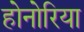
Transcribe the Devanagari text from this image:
होनोरिया